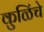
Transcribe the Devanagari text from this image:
कुळिंचे